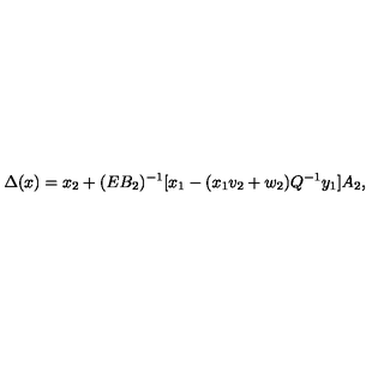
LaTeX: \Delta ( x ) = x _ { 2 } + ( E B _ { 2 } ) ^ { - 1 } \lbrack x _ { 1 } - ( x _ { 1 } v _ { 2 } + w _ { 2 } ) Q ^ { - 1 } y _ { 1 } \rbrack A _ { 2 } ,